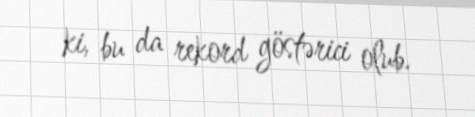
ki, bu da rekord göstərici olub.